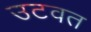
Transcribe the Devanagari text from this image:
उटवत